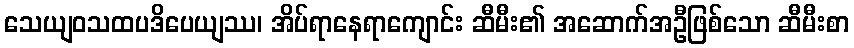
သေယျဝသထပဒိပေယျဿ၊ အိပ်ရာနေရာကျောင်း ဆီမီး၏ အဆောက်အဦဖြစ်သော ဆီမီးစာ